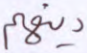
دينهم